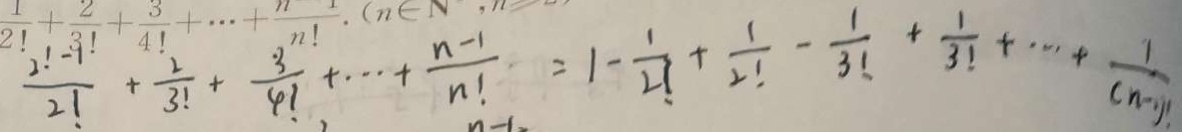
\frac { 2 ! - 1 } { 2 ! } + \frac { 2 } { 3 ! } + \frac { 3 } { 4 ! } + \cdots + \frac { n - 1 } { n ! } = 1 - \frac { 1 } { 2 ! } + \frac { 1 } { 2 ! } - \frac { 1 } { 3 ! } + \frac { 1 } { 3 ! } + \cdots + \frac { 1 } { ( n - 1 ) ! }